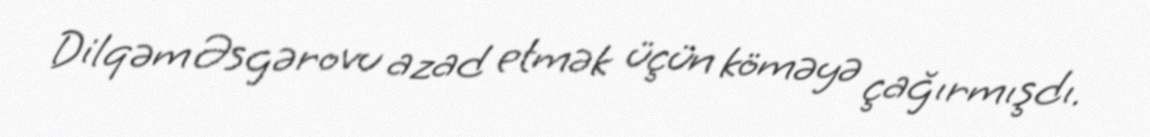
Dilqəm Əsgərovu azad etmək üçün köməyə çağırmışdı.